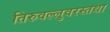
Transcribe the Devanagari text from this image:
तिरुवल्लुवरस्तथा